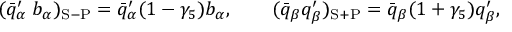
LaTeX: ( \bar { q } _ { \alpha } ^ { \prime } \; b _ { \alpha } ) _ { \mathrm { S - P } } = \bar { q } _ { \alpha } ^ { \prime } ( 1 - \gamma _ { 5 } ) b _ { \alpha } , \qquad ( \bar { q } _ { \beta } q _ { \beta } ^ { \prime } ) _ { \mathrm { S + P } } = \bar { q } _ { \beta } ( 1 + \gamma _ { 5 } ) q _ { \beta } ^ { \prime } ,